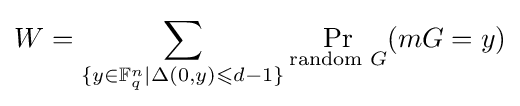
W=\sum _{\{y\in \mathbb {F} _{q}^{n}|\Delta (0,y)\leqslant d-1\}}\Pr _{{\text{random }}G}(mG=y)